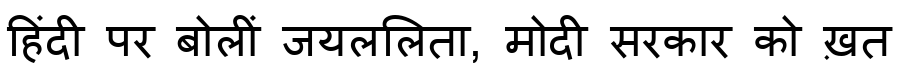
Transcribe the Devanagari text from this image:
हिंदी पर बोलीं जयललिता, मोदी सरकार को ख़त